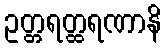
ဥတ္တရတ္ထရဏာနိ